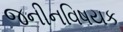
જનીનવિષયક